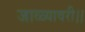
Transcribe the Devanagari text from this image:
जाळ्यावरी।।